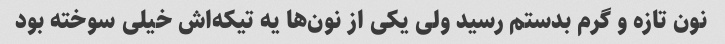
نون تازه و گرم بدستم رسید ولی یکی از نون‌ها یه تیکه‌اش خیلی سوخته بود